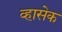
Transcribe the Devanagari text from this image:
व्हासेक